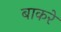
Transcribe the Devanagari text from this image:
बाकरे